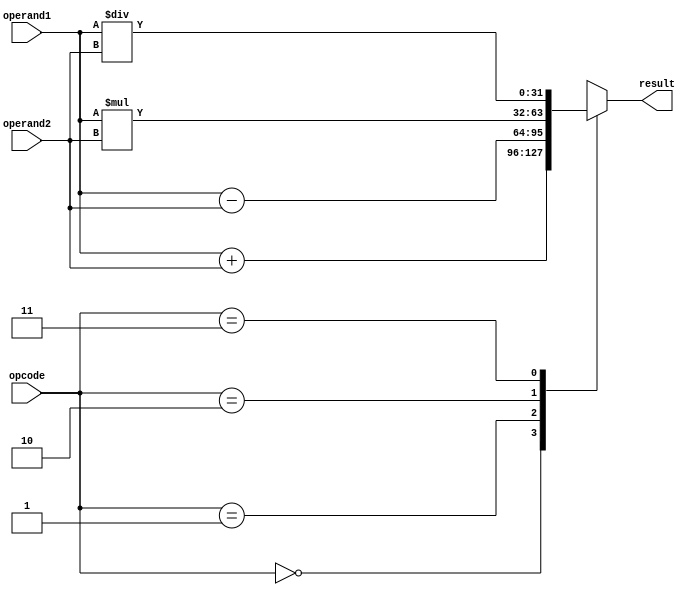
module Complex_ALU (
    input wire signed [31:0] operand1,
    input wire signed [31:0] operand2,
    input wire [1:0] opcode,
    output wire signed [31:0] result
);

reg signed [31:0] addition_result;
reg signed [31:0] subtraction_result;
reg signed [31:0] multiplication_result;
reg signed [31:0] division_result;

always @*
begin
    case(opcode)
        2'b00: // addition operation
            begin
                addition_result = operand1 + operand2;
                result = addition_result;
            end
        2'b01: // subtraction operation
            begin
                subtraction_result = operand1 - operand2;
                result = subtraction_result;
            end
        2'b10: // multiplication operation
            begin
                multiplication_result = operand1 * operand2;
                result = multiplication_result;
            end
        2'b11: // division operation
            begin
                division_result = operand1 / operand2;
                result = division_result;
            end
    endcase
end

endmodule